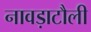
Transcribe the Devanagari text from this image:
नावड़ाटौली